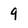
Character: 9